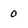
Character: 0